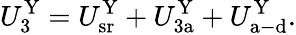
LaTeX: U_{3}^{\mathrm{Y}}=U_{\mathrm{sr}}^{\mathrm{Y}}+U_{\mathrm{3a}}^{\mathrm{Y}}+U_{\mathrm{a-d}}^{\mathrm{Y}}.